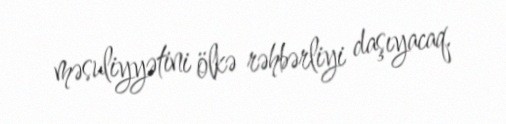
məsuliyyətini ölkə rəhbərliyi daşıyacaq.